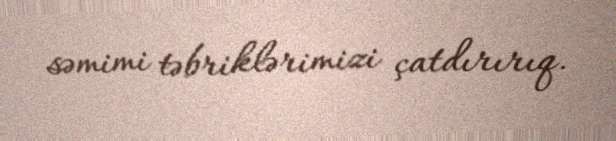
səmimi təbriklərimizi çatdırırıq.